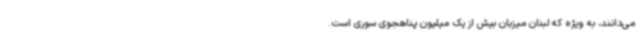
می‌دانند، به ویژه که لبنان میزبان بیش از یک میلیون پناهجوی سوری است.